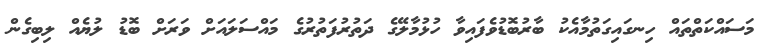
މަސައްކަތްތައް ހިނގައިގަތުމާއެކު ބާރުބޮޑުވެފައިވާ ހުޅުމާލޭގެ ދަތުރުފަތުރުގެ މައްސަލައަށް ވަރަށް ބޮޑު ލުޔެއް ލިބިގެން